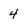
Character: 4